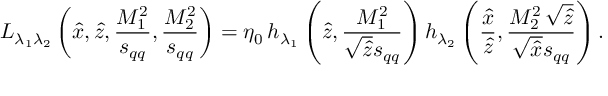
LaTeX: { \cal L } _ { \lambda _ { 1 } \lambda _ { 2 } } \left( \hat { x } , \hat { z } , \frac { M _ { 1 } ^ { 2 } } { s _ { q q } } , \frac { M _ { 2 } ^ { 2 } } { s _ { q q } } \right) = \eta _ { 0 } \, { h } _ { \lambda _ { 1 } } \left( \hat { z } , \frac { M _ { 1 } ^ { 2 } } { \sqrt { \hat { z } } s _ { q q } } \right) { h } _ { \lambda _ { 2 } } \left( \frac { \hat { x } } { \hat { z } } , \frac { M _ { 2 } ^ { 2 } \, \sqrt { \hat { z } } } { \sqrt { \hat { x } } s _ { q q } } \right) .